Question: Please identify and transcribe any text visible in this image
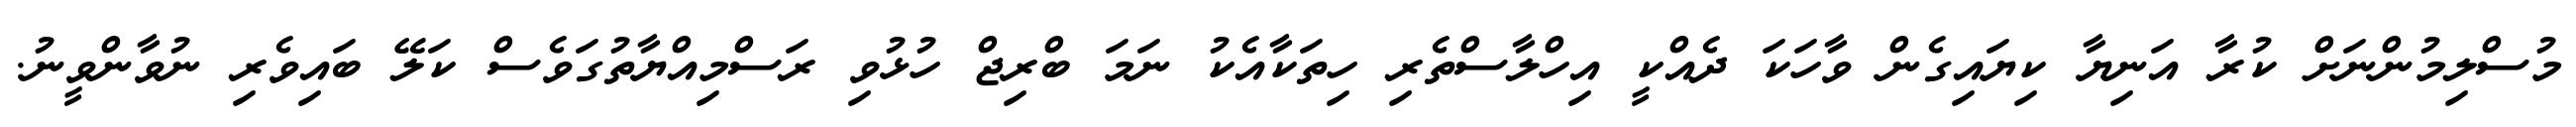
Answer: މުސްލިމުންނަށް ކުރާ އަނިޔާ ކިޔައިގެން ވާހަކަ ދެއްކީ އިހްލާސްތެރި ހިތަކާއެކު ނަމަ ބްރިޖް ހުޅުވި ރަސްމިއްޔާތުގަވެސް ކަލޭ ބައިވެރި ނުވާންވީނު.